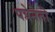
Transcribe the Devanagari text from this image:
पत्रेनेतो